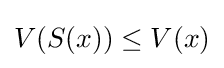
V(S(x))\leq V(x)